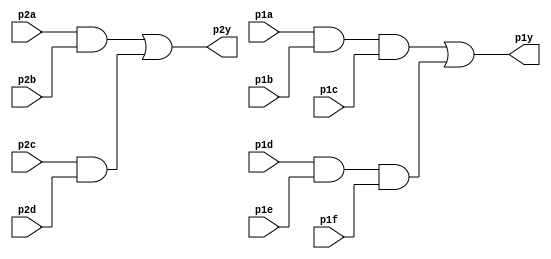
module top_module ( 
    input p1a, p1b, p1c, p1d, p1e, p1f,
    output p1y,
    input p2a, p2b, p2c, p2d,
    output p2y );
    wire l,m,n,o;
    assign l = (p1a & p1b & p1c);
    assign m = (p1d & p1e & p1f);
    assign n = (p2a & p2b);
    assign o = (p2c & p2d);
    assign p1y = (l | m);
    assign p2y = (n | o);
/* and (l,p1a,p1b,p1c);
   and (m,p1d,p1e,p1f);
   and (n,p2a,p2b);
   and (o,p2c,p2d);
   or  (p1y,l,m);
   or  (p2y,n,o);  */

endmodule